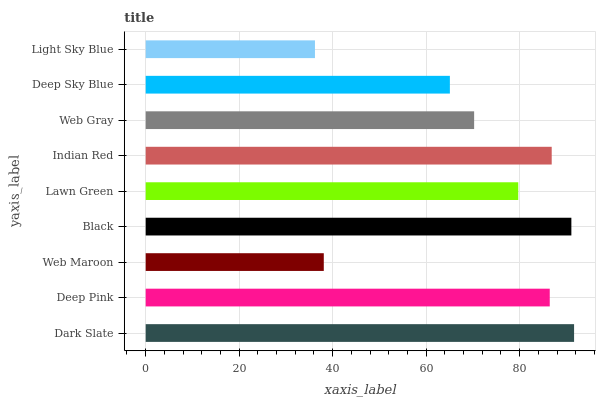
| yaxis_label | bars |
 | --- | --- |
 | Dark Slate | 91.6 |
 | Deep Pink | 86.4 |
 | Web Maroon | 38.1 |
 | Black | 91.1 |
 | Lawn Green | 79.7 |
 | Indian Red | 86.9 |
 | Web Gray | 70.3 |
 | Deep Sky Blue | 65.1 |
 | Light Sky Blue | 36.2 |